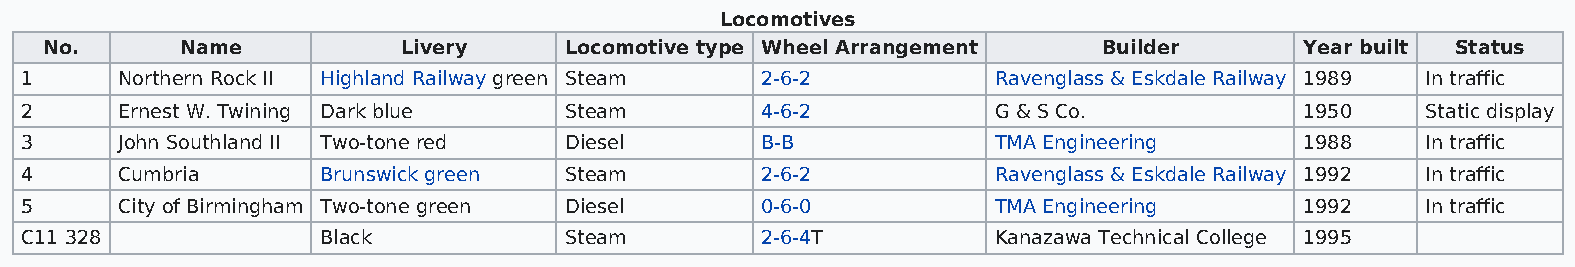
Locomotives
 No.      Name           Livery    Locomotive type Wheel Arrangement   Builder      Year built Status
 1      Northern Rock II Highland Railway green Steam 2-6-2       Ravenglass & Eskdale Railway 1989 In traffic
 2      Ernest W. Twining Dark blue  Steam        4-6-2           G & S Co.           1950    Static display
 3      John Southland II Two-tone red Diesel     B-B             TMA Engineering     1988    In traffic
 4      Cumbria      Brunswick green Steam        2-6-2           Ravenglass & Eskdale Railway 1992 In traffic
 5      City of Birmingham Two-tone green Diesel  0-6-0           TMA Engineering     1992    In traffic
 C11 328             Black           Steam        2-6-4T          Kanazawa Technical College 1995